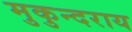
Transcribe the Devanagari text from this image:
मुकुन्दराय